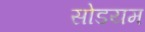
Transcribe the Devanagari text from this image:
सोडयम